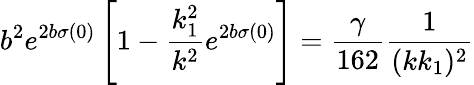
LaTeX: b^{2}e^{2b\sigma(0)}\left[1-\frac{k_{1}^{2}}{k^{2}}e^{2b\sigma(0)}\right]=\frac{\gamma}{162}\frac{1}{(kk_{1})^{2}}